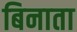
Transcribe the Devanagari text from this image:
बिनाता